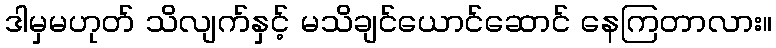
ဒါမှမဟုတ် သိလျက်နှင့် မသိချင်ယောင်ဆောင် နေကြတာလား။